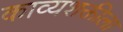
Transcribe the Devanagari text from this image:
काव्यशक्तीला